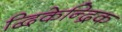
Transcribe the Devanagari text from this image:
द्विकेन्द्रिक